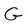
Character: G